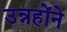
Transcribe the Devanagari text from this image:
उन्नहोंने